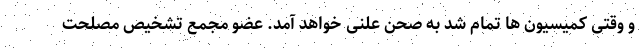
و وقتی کمیسیون ها تمام شد به صحن علنی خواهد آمد. عضو مجمع تشخیص مصلحت